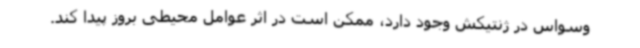
وسواس در ژنتیکش وجود دارد، ممکن است در اثر عوامل محیطی بروز پیدا کند.